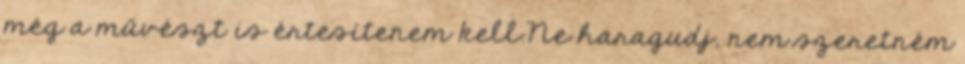
még a művészt is értesítenem kell.Ne haragudj, nem szeretném